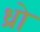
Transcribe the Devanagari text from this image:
ध्रो